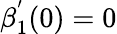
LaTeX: \beta_{1}^{^{\prime}}(0)=0